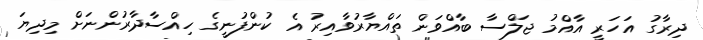
ދިރާގު އަހަރީ އާއްމު ޖަލްސާ ބާއްވަން ތައްޔާރުވާއިރު އެ ކުންފުނީގެ ހިއްސާދާރުންނަށް މިދިޔަ